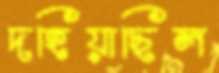
দহিয়াছিল